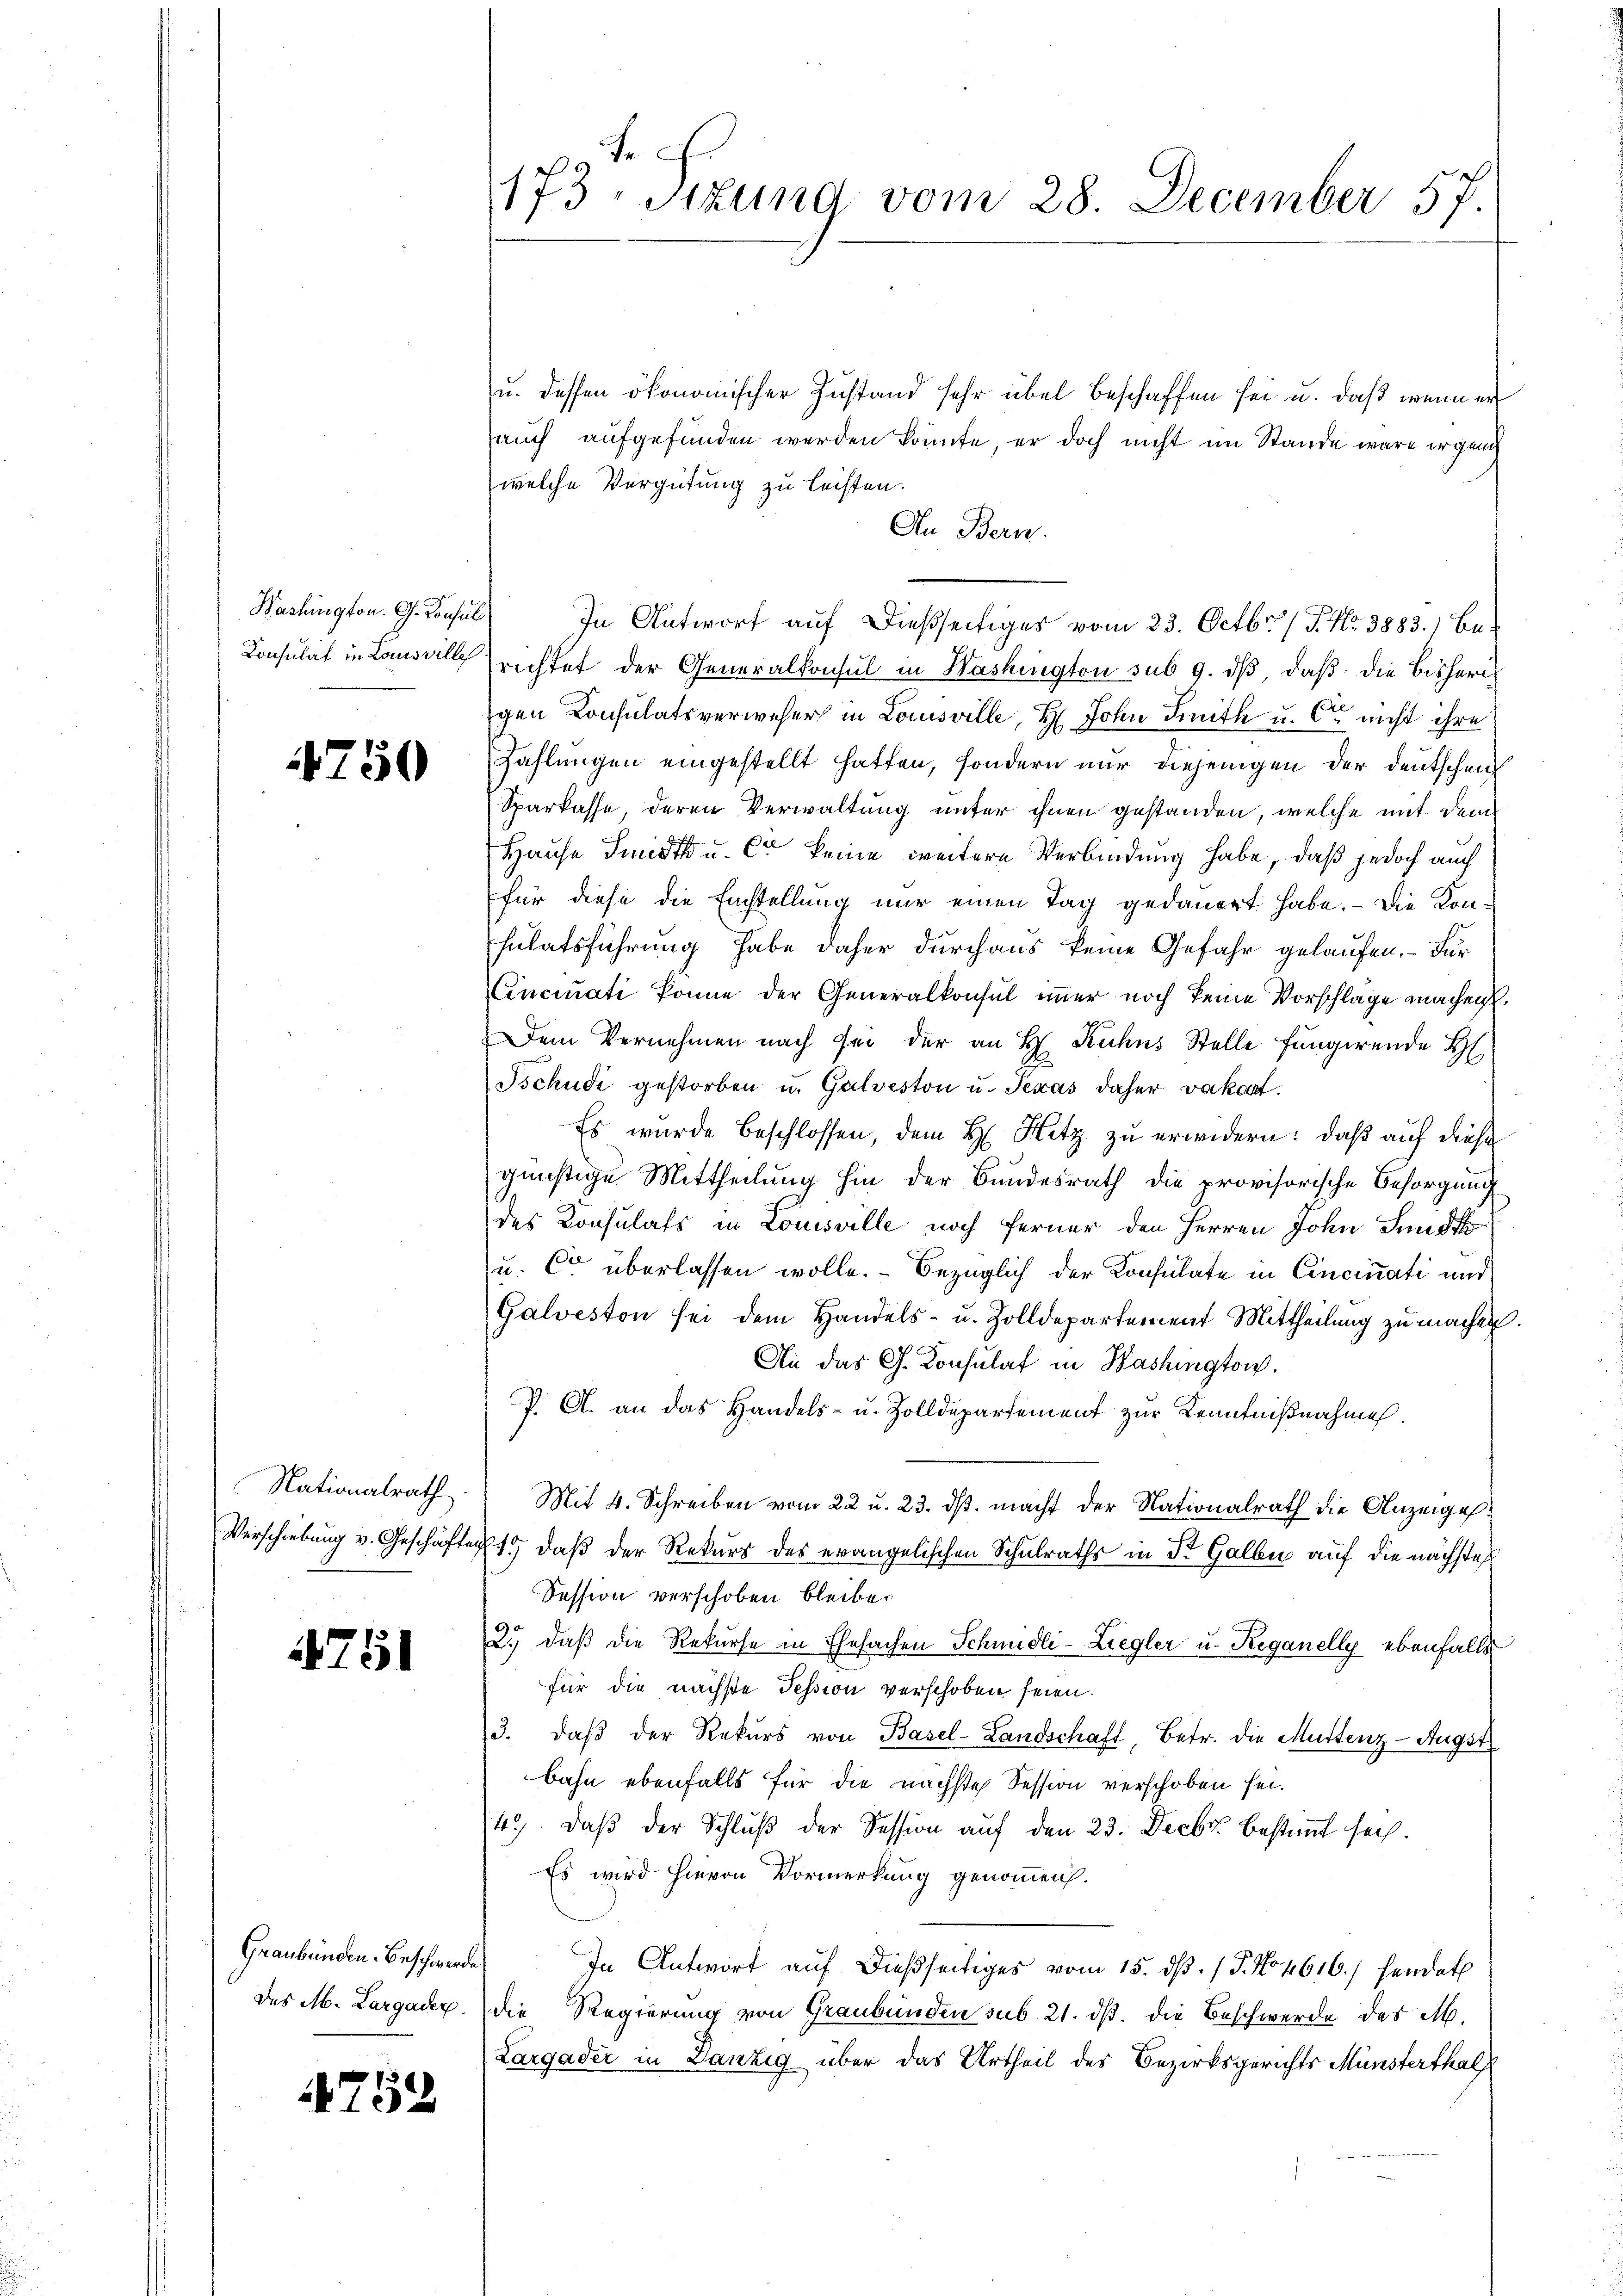
Washington. G. Konsul
Consulat in Louisville

4750

Nationalrath
Verschiebung v. Geschäften

4751

Graubünden-Beschwerde

4752

173. Situng vom 28. December 57.

u. dessen ökonomischer Zustand sehr übel beschaffen sei u. daß wenn er
auch aufgefunden werden könnte, er doch nicht im Stande wäre irgende
welche Vergütung zu leisten.
An Bern.
In Antworf auf dießseitiges vom 23. Octbr. 1 P. Nr. 3883. 1 Berichtet der Generalkonsul in Washington sub 9. dβ, daß die bisherigen Konsulatsverweser in Louisville, H. John Smith u. Ce nicht ihre
Zahlungen eingestellt hatten, sondern nur diejenigen der Deutschen
Sparkasse, deren Verwaltung unter ihnen gestanden, welche mit dem
Hause Smidt u. Cie keine weitere Verbindung habe, daß jedoch auch
für diese die Einstellung nur einen Tag gedauert habe. - Die Konsulatsführung habe daher durchaus keine Gefahr gelaufen. – Für
Cincinati könne der Generalkonsul immer noch keine Vorschläge machen.
Dem Vernehmen nach sei der an H. Kuhns Stelle fungirende H
Tschudi gestorben u. Galveston u. Texas daher vakant.
Es wurde beschlossen, dem H. Hitz zu erwidern: daß auf diese
günstige Mittheilung hin der Bundesrath die provisorische Besorgung
des Konsulats in Louisville noch ferner den Herren John Sunst
u. Er überlassen wolle. Bezüglich der Konsulate in Cincinati und
Galveston sei dem Handels- u. Zolldepartement Mittheilung zu machen.
An das G. Konsulat in Washingtow.
P. A. an das Handels- u. Zolldepartement zŭr Kenntniβnahmen.
Mit 4. Schreiben vom 22 u. 23. ds. macht der Nationalrath die Anzeigel.
x 15 daß der Rekurs des evangelischen Schulraths in Dr. Galle auf die nächste
Session verschoben bleibe.
2.) daß die Rekurse in Ehesachen Schmidli-Ziegler u. Reganelly ebenfalls
für die nächste Tession verschoben seien.
3. daβ der Rekŭrs von Basel-Landschaft Betr. die Muttenz-Augst
bahn ebenfalls für die nächste Session verschoben sei.
4. daβ der Schlŭβ der Session auf den 23. Decbr. bestimmt sech¬
Es wird hievon Vormerkung genommen.
In Antwort auf dießseitiges vom 15. dβ. / P. No 4616./ hendet
des M. Largaden. Die Regierung von Graubünden sub 21. dβ. die Beschwerde des M.
Largader in Danzig über das Urtheil des Bezirksgerichts Münsterthal